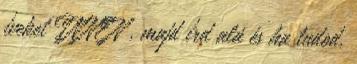
íveket INNEN , majd írd alá és ha tudod,